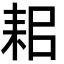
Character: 耜